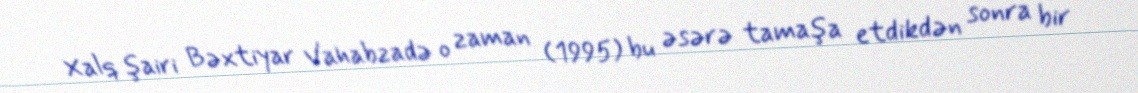
Xalq şairi Bəxtiyar Vahabzadə o zaman (1995) bu əsərə tamaşa etdikdən sonra bir